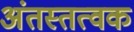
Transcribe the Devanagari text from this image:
अंतस्तत्वक